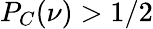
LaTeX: P_{C}(\nu)>1/2